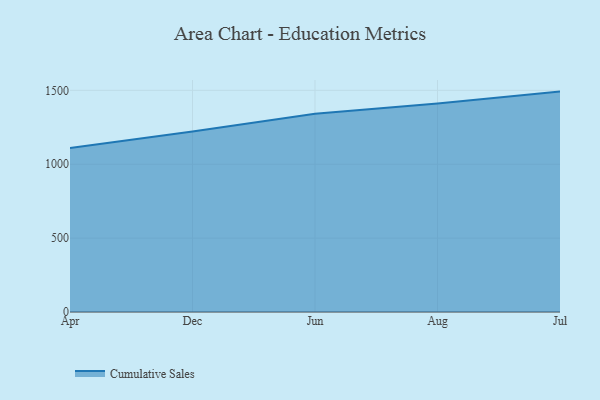
{"axis": {"x": "Month", "y": "Shipments"}, "legend": ["Cumulative Sales"], "data": [{"x": "Apr", "y": 1110.0, "type": "Cumulative Sales"}, {"x": "Dec", "y": 1221.3, "type": "Cumulative Sales"}, {"x": "Jun", "y": 1342.1, "type": "Cumulative Sales"}, {"x": "Aug", "y": 1411.3, "type": "Cumulative Sales"}, {"x": "Jul", "y": 1491.5, "type": "Cumulative Sales"}]}